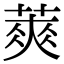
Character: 䔪